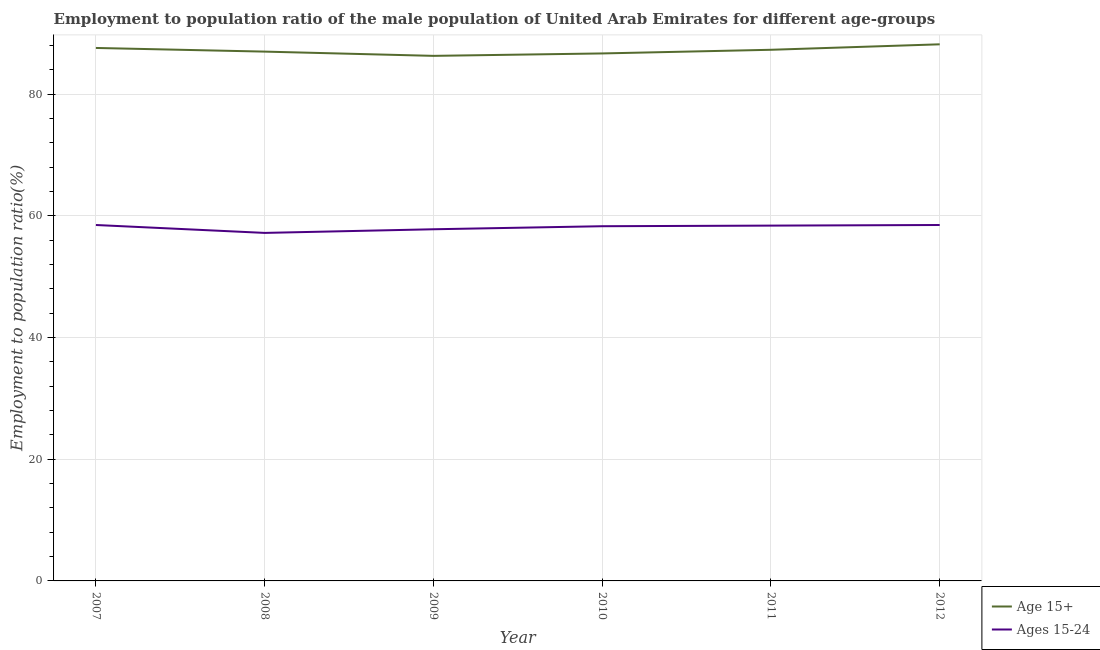
| Year | Age 15+ | Ages 15-24 |
 | --- | --- | --- |
 | 2007 | 87.6 | 58.5 |
 | 2008 | 87 | 57.2 |
 | 2009 | 86.3 | 57.8 |
 | 2010 | 86.7 | 58.3 |
 | 2011 | 87.3 | 58.4 |
 | 2012 | 88.2 | 58.5 |